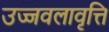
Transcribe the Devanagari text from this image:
उज्जवलावृत्ति